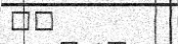
١٩